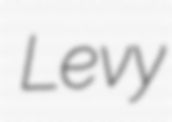
Levy